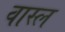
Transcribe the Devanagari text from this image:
वास्ल